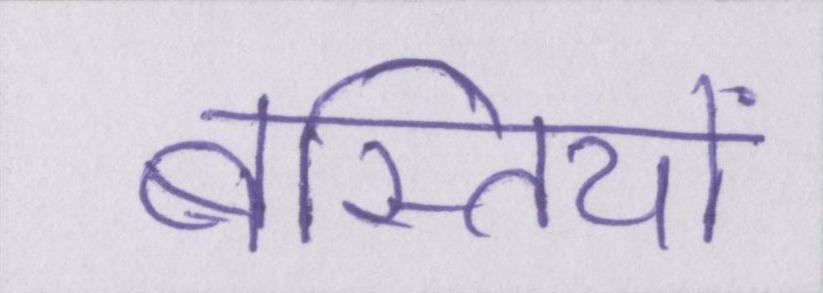
बस्तियों